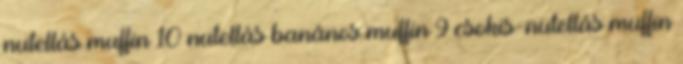
nutellás muffin 10 nutellás banános muffin 9 csokis-nutellás muffin